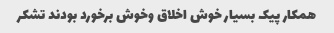
همکار پیک بسیار خوش اخلاق وخوش برخورد بودند تشکر